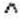
^